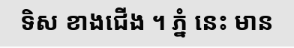
ទិស ខាងជើង ។ ភ្នំ នេះ មាន